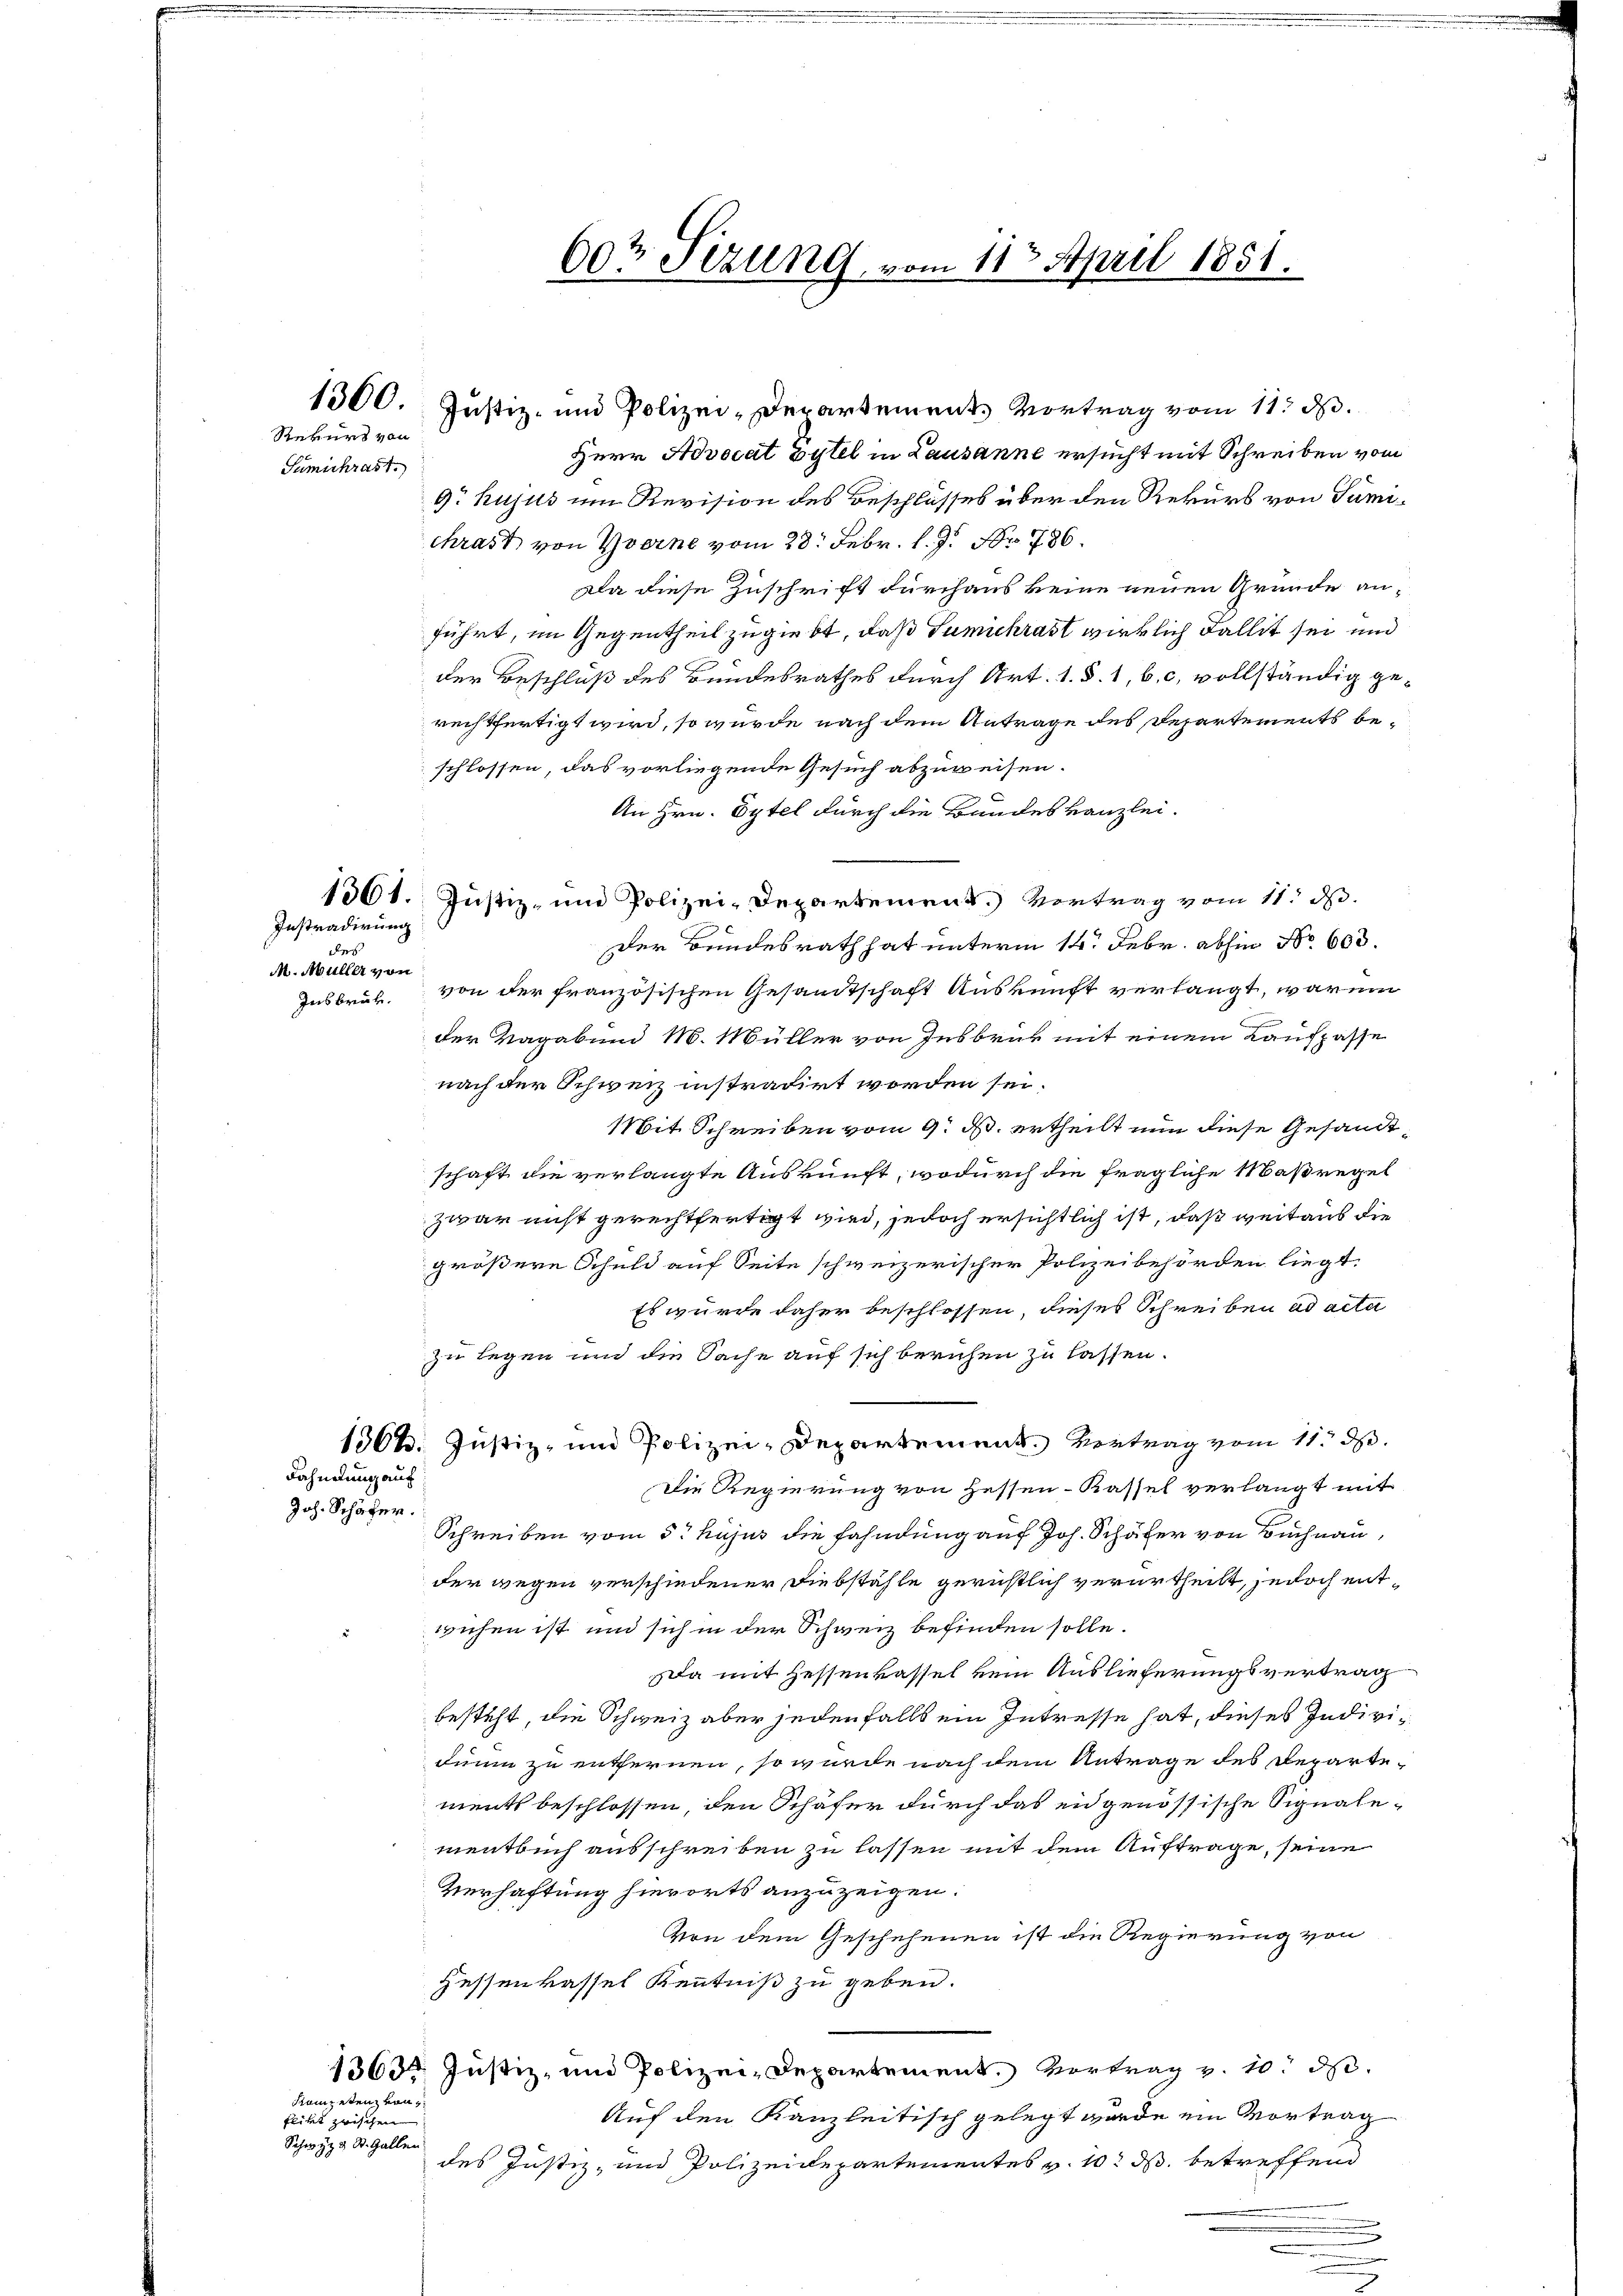
603 Sizung vom 11ten April 1851.

1300. Justiz- und Polizei-Departements Vortrag vom 11. d.
Herr Advocat Eytel in Lausanne ersucht mit Schreiben vom
9. hujus um Revision des Beschlusses über den Rekurs von Tumichrast von verne vom 28. Febr. l. J. Nr. 786.
Da diese Zuschrift durchaus keine neuen Grunde anführt, im Gegentheil zugiebt, daß Gumichrast wirklich Fallit sei und
der Beschluß des Bundesrathes durch Art. 1. §. 1, b. c, vollständig gerechtfertigt wird, so wurde nach dem Antrage des Departements beschlossen, das vorliegende Gesuch abzuweisen.
An Hrn. Eytel durch die Bundeskanzlei-
1361. Justiz- und Polizei-Departement.) Vortrag vom 11. d.
Der Bundesrath hat unterm 14. Febr. abhin No 603.
von der französischen Gesandtschaft Auskunft verlangt, warum
der Vagabend 18. Müller von Insbruk mit einem Kaufpasse
nach der Schweiz instradirt worden sei.
Mit Schreiben vom 9. M. ertheilt nun diese Gesandt,
schaft die verlangte Auskunft, wodurch die fragliche Maßregel
zwar nicht gerechtfertigt wird, jedoch ersichtlich ist, daß weitaus die
größere Schuld auf Seite schweizerischer Polizeibehörden liegt.
Es wurde daher beschlossen, dieses Schreiben ad acta
zu legen und die Sache auf sich beruhen zu lassen.
1364. Justiz- und Polizei-Departement. Vertrag vom 11. d.
Die Regierung von Hessen-Kassel verlangt mit
Schreiben vom 5. hujus die Fahndung auf Joh. Schäfer von Buchnau
der wegen verschiedener Diebstähle gerichtlich verurtheilt, jedoch entwichen ist und sich in der Schweiz befinden solle.
Da mit Hessenkassel kein Auslieferungsvertrag
besteht, die Schweiz aber jedenfalls ein Intresse hat, dieses Individuum zu entfernen, so würde nach dem Antrage des Departements beschlossen, den Schäfer durch das eidgenössische Signalementbuch ausschreiben zu lassen mit dem Auftrage, seine
Verhaftung hierorts anzuzeigen.
Von dem Geschehenen ist die Regierung von
Hessenkassel Kenntniß zu geben.
1363. Justiz- und Polizei-Departement. Vortrag v. 10. d.
Auf den Kanzleitisch gelegt wurde ein Vortrag
des Justiz- und Polizeidepartementes v. 10. ds. betreffend

Rekurs von
Sumischrast.

Instradirung
des
M. Müller von
Insbruk.

Fahndung auf
Joh. Schäfer.

Rampeten von
flikt zwischen
Schwyz u St. Gallen

.

.